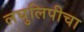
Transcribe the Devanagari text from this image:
लघुलिपीचा